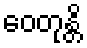
ဝေတုန္တိ